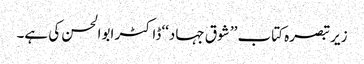
زیر تبصرہ کتاب ’’ شوق جہاد‘‘ ڈاکٹر ابوالحسن کی ہے۔